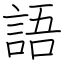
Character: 語